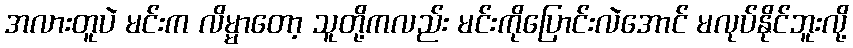
အလားတူပဲ မင်းက လိမ္မာတော့ သူတို့ကလည်း မင်းကိုပြောင်းလဲအောင် မလုပ်နိုင်ဘူးလို့